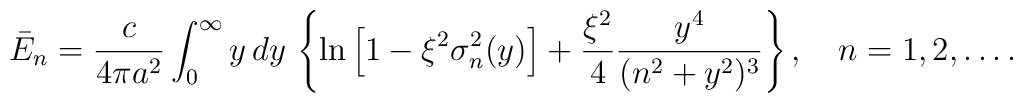
\bar E_n =\frac{c}{4\pi a^2}\int_{0}^{\infty} y\, dy\,\left \{ \ln\left [1-\xi^2\sigma^2_n(y)\right ]+\frac{\xi ^2}{4} \frac{y^4}{(n^2+y^2)^3}\right \},\quad n=1,2,\ldots {.}